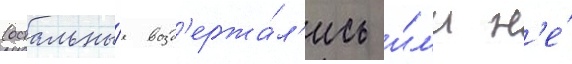
(остальны́е возд'ержа́л'ись и́л'и н'е́